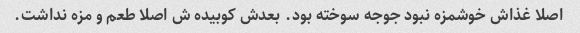
اصلا غذاش خوشمزه نبود جوجه سوخته بود. بعدش کوبیده ش اصلا طعم و مزه نداشت.